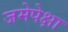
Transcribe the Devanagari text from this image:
जमेपेक्षा